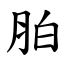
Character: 胉